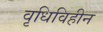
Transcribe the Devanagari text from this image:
वृधिविहीन